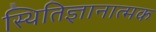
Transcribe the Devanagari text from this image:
स्थितिज्ञानात्मक